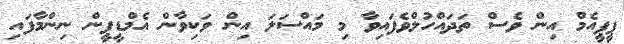
ޕީޕީއެމް އިން ވެސް ތަދައްހުލްވެފައިވާ މި މައްސަލަ އިން ވަކިވާން އެމްޑީޕީން ނިންމާފައި